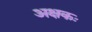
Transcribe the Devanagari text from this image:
अक्षकः